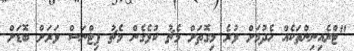
"ޓްރެއިނިންތަކެއް ހެދުމަށް ވުރެ މިގޮތަށް މެޗު ކުޅެގެން މެޗު ފިޓްނަސް ވަރަށް ބޮޑަށް